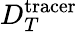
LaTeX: D_{T}^{\mathrm{tracer}}